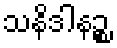
သနိဒါနဉ္စ